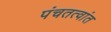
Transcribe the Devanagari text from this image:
पंचतत्वांत